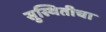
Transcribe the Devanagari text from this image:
सुस्थितीचा